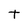
Character: t